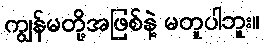
ကျွန်မတို့အဖြစ်နဲ့ မတူပါဘူး။